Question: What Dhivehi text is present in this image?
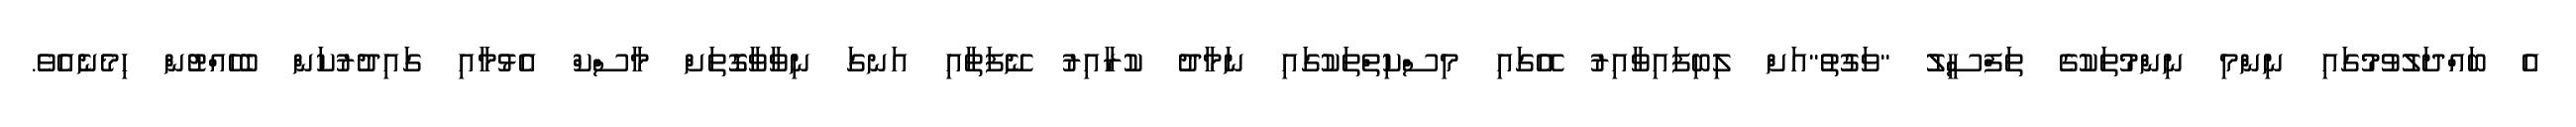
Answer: އެ ބައްދަލުވުމުގައި ނިންމި ނިންމުތަކުގެ ތަފްސީލު "ވަގުތު"އަށް ލިބިފައިވާއިރު އޭގައި މިސްކިތްތަކުގައި ނަމާދު ކުރާއިރު ނޭފަތާއި އަނގަ ނިވާވާގޮތަށް މާސްކް އެޅުމާއި ގައިދުރުކަން ބެހެއްޓުން ހިމެނެއެވެ.